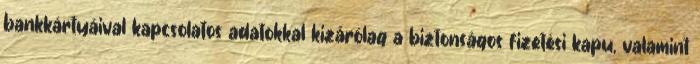
bankkártyáival kapcsolatos adatokkal kizárólag a biztonságos fizetési kapu, valamint